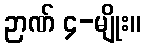
ဉာဏ် ၄-မျိုး။